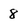
Character: 8